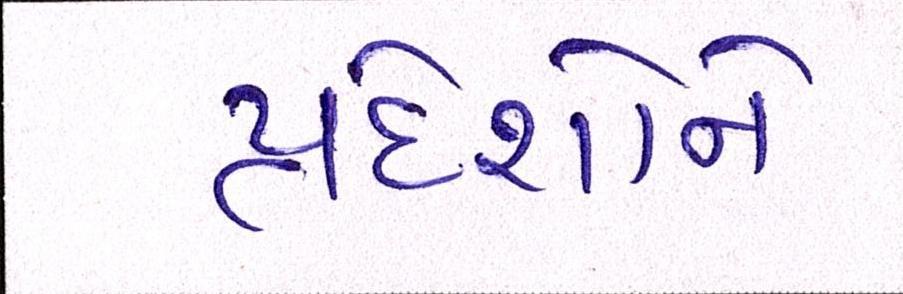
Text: પ્રદેશોને